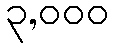
၃,၀၀၀